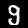
Label: 9